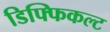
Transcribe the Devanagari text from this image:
डिफ्फिकल्ट